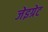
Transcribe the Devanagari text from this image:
जेइग्रेट